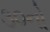
૩૦નો